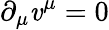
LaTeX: \partial_{\mu}\mathit{v}^{\mu}=0